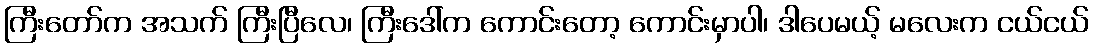
ကြီးတော်က အသက် ကြီးပြီလေ၊ ကြီးဒေါ်က ကောင်းတော့ ကောင်းမှာပါ၊ ဒါပေမယ့် မလေးက ငယ်ငယ်